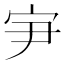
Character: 𰌸